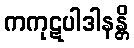
ကကုဋပါဒါနန္တိ